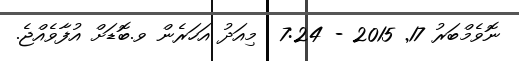
ނޮވެމްބަރު 17